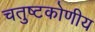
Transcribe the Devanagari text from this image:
चतुष्टकोणीय